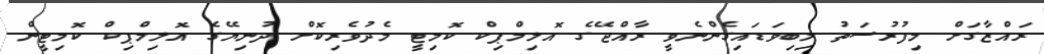
ރައްޒާގަށް މިފުރުސަތު ލިބިވަޑައިގެންނެވީ ރާއްޖޭގެ އޮލިމްޕިކް ކޮމިޓީ މެދުވެރިކޮށް ދުނިޔޭގެ އޮލިމްޕިކް ކޮމިޓީން